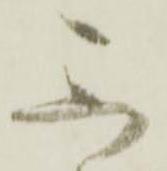
不